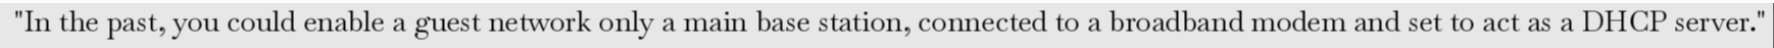
"In the past, you could enable a guest network only a main base station, connected to a broadband modem and set to act as a DHCP server."